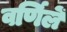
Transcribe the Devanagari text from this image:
वर्णिलें